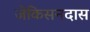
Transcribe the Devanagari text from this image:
जेकिसनदास